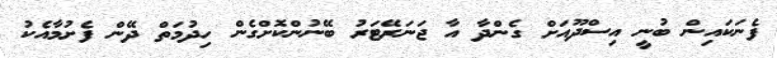
ފެނަކައިން ބުނީ އިސްދޫއަށް ގެންދާ އާ ޖަނަރޭޓަރު ބޭނުންކޮށްގެން ހިދުމަތް ދޭން ފެށުމާއެކު